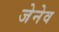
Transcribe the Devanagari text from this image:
जेनेव